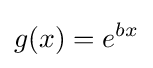
g(x)=e^{bx}